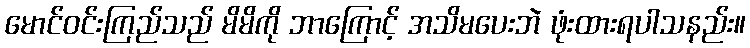
မောင်ဝင်းကြည်သည် မိမိကို ဘာကြောင့် အသိမပေးဘဲ ဖုံးထားရပါသနည်း။